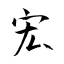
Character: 宏